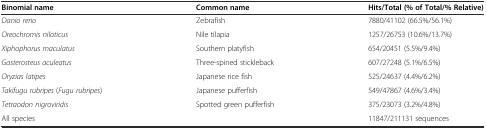
<table><thead><tr><td><b>Binomial name</b></td><td><b>Common name</b></td><td><b>Hits/Total (% of Total/% Relative)</b></td></tr></thead><tbody><tr><td><i>Danio rerio</i></td><td>Zebrafish</td><td>7880/41102 (66.5%/56.1%)</td></tr><tr><td><i>Oreochromis niloticus</i></td><td>Nile tilapia</td><td>1257/26753 (10.6%/13.7%)</td></tr><tr><td><i>Xiphophorus maculatus</i></td><td>Southern platyfish</td><td>654/20451 (5.5%/9.4%)</td></tr><tr><td><i>Gasterosteus aculeatus</i></td><td>Three-spined stickleback</td><td>607/27248 (5.1%/6.5%)</td></tr><tr><td><i>Oryzias latipes</i></td><td>Japanese rice fish</td><td>525/24637 (4.4%/6.2%)</td></tr><tr><td><i>Takifugu rubripes</i> (<i>Fugu rubripes</i>)</td><td>Japanese pufferfish</td><td>549/47867 (4.6%/3.4%)</td></tr><tr><td><i>Tetraodon nigroviridis</i></td><td>Spotted green pufferfish</td><td>375/23073 (3.2%/4.8%)</td></tr><tr><td>All species</td><td></td><td>11847/211131 sequences</td></tr></tbody></table>